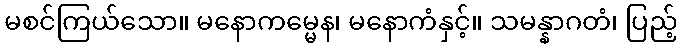
မစင်ကြယ်သော။ မနောကမ္မေန၊ မနောကံနှင့်။ သမန္နာဂတံ၊ ပြည့်